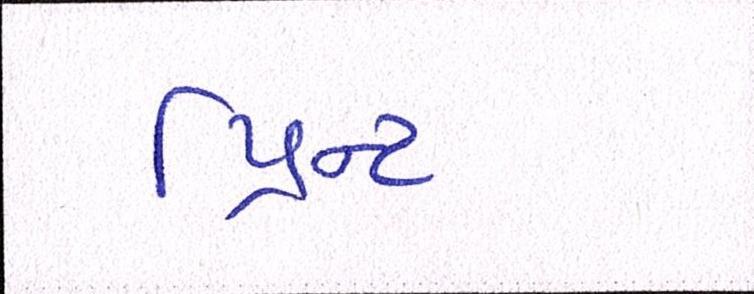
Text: પ્રિન્ટ